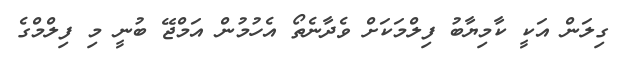
ގިލަން އަކީ ކާމިޔާބު ފިލްމަކަށް ވެދާނެތޯ އެހުމުން އަމްޖޭ ބުނީ މި ފިލްމްގެ